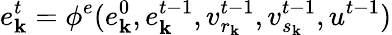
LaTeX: e_{\mathbf{k}}^{t}=\phi^{e}(e_{\mathbf{k}}^{0},e_{\mathbf{k}}^{t-1},v_{r_{\mathbf{k}}}^{t-1},v_{s_{\mathbf{k}}}^{t-1},u^{t-1})